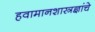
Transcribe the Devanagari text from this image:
हवामानशास्त्रज्ञांचे